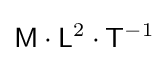
{\mathsf {M}}\cdot {\mathsf {L}}^{2}\cdot {\mathsf {T}}^{-1}